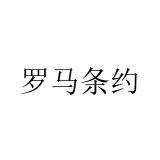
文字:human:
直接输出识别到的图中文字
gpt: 罗马条约